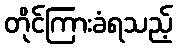
တိုင်ကြားခံရသည့်